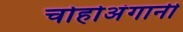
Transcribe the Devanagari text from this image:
चोहोअंगानी